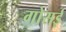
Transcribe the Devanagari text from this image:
गोसई